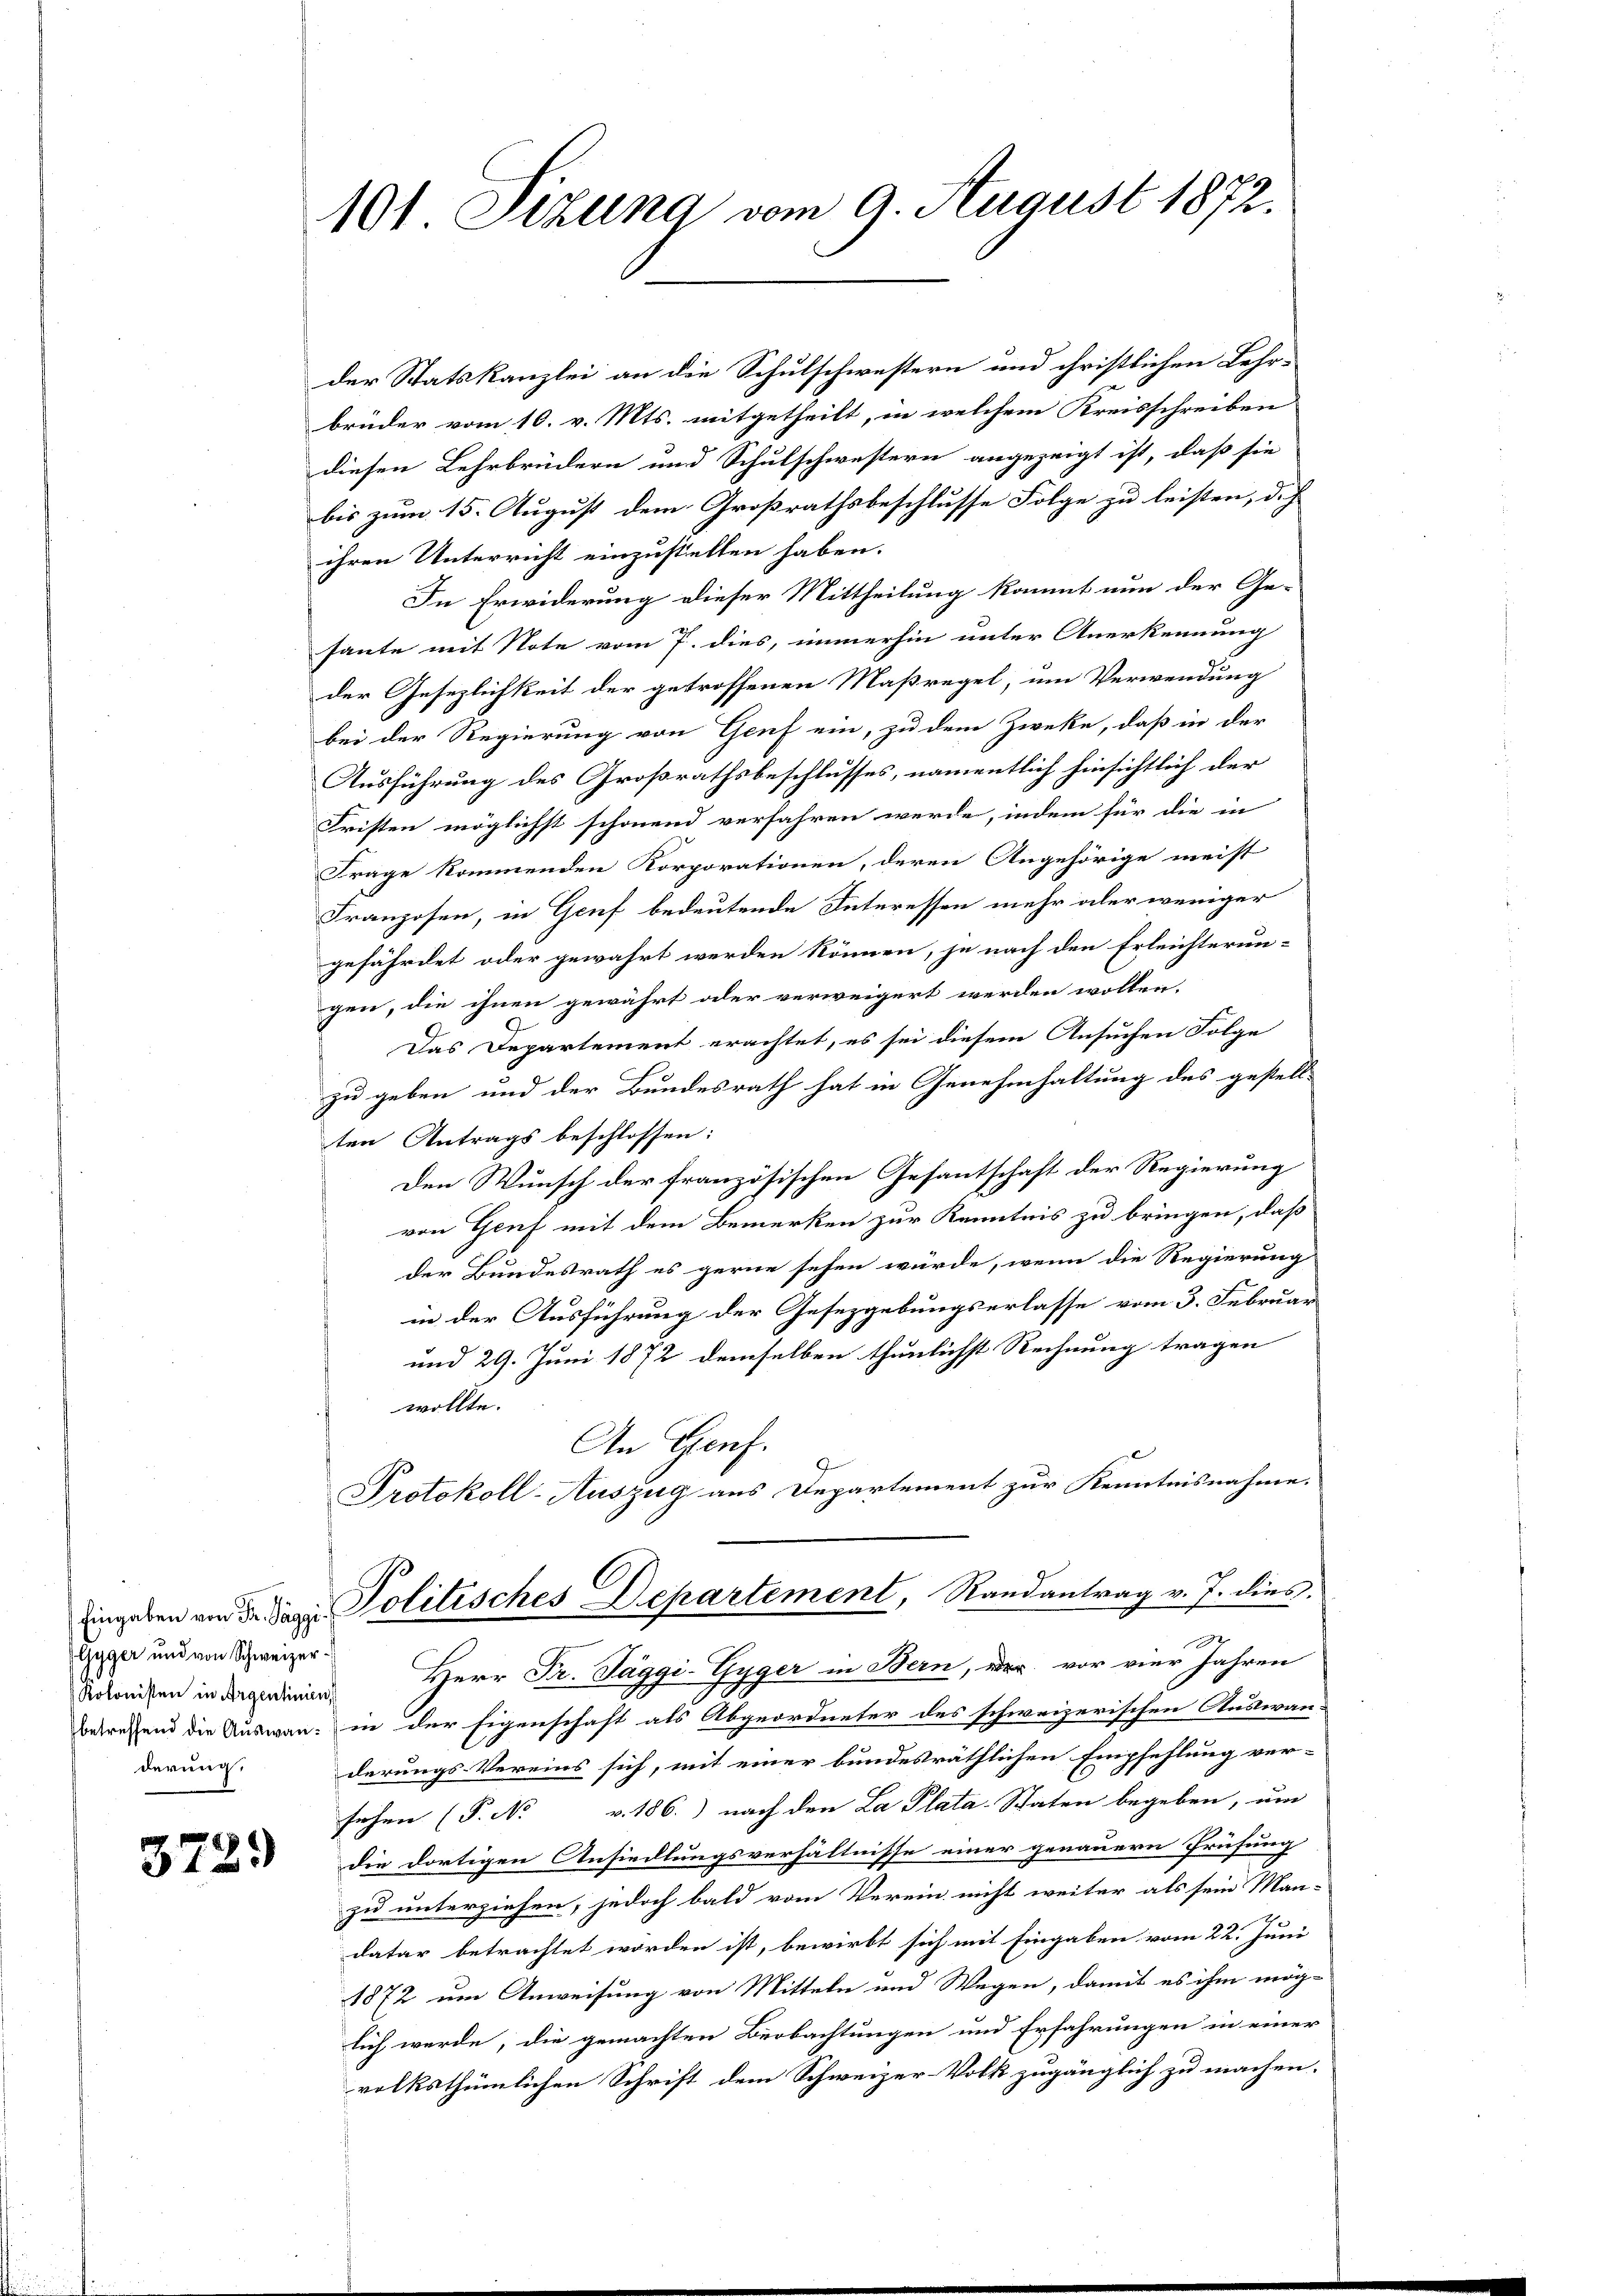
Gyger und von Schweizer¬
Kolonisten in Argentinien,
derung,

101 Sehling vom 9. August 1872.

der Statskanzlei an die Schulschwestern und christlichen Lehr-
brüder vom 10. v. Mts. mitgetheilt, in welchem Kreisschreiben
diesen Lehrbrüdern und Schulschwestern angezeigt ist, daß sie
bis zum 15. August dem Großrathsbeschlusse Folge zu leisten, dich
ihren Unterricht einzustellen haben.
In Erwiderung dieser Mittheilung kommt nun der Ge-
haute mit Note vom 7. dies, immerhin unter Anerkennung
der Gesezlichkeit der getroffenen Maßregel, um Verwendung
bei der Regierung von Genf ein, zu dem Zweke, daß in der
Ausführung des Großrathsbeschlusses, namentlich hinsichtlich der
Fristen möglichst schonend verfahren werde, indem für die in
Frage kommenden Korporationen, deren Angehörige meist
Franzosen, in Genf bedeutende Interessen mehr aber weniger
gefährdet oder gewahrt werden können, je nach den Erleichterungen, die ihnen gewährt oder verweigert werden wollen.
Das Departement erachtet, es sei diesem Ansuchen Folge
zu geben und der Bundesrath hat in Genehmhaltung des gestell-
ten Antrags beschlossen:
Den Wunsch der französischen Gesantschaft der Regierung
von Genf mit dem Bemerken zur Kenntnis zu bringen, daß
der Bundesrath es gerne sehen würde, wenn die Regierung
in der Ausführung der Gesetzgebungserlasse vom 3. Februar
und 29. Juni 1872 demselben thunlichst Rechnung tragen
wollte.
An Genf.
Protokoll-Auszug aus Departement zur Kenntnisnahme.
Engeben von de der Politisches Departement, Randantrag v. J. dies
 |
Herr Fr. Taggi-Gyger in Bern, der vor vier Jahren
betreffend die Auswan in der Eigenschaft als Abgeordneter des schweizerischen Auswan-
derungs-Vereins sich, mit einer bundesräthlichen Empfehlung ver-
sehen (P. Nr. v. 186.) nach den La Plata-Staten begeben, um
3 die dortigen Ansiedlungsverhältnisse einer genauern Prüfung
zu unterziehen, jedoch bald vom Verein nicht weiter als sein Man-
datar betrachtet worden ist, bewirbt sich mit Eingaben vom 22. Juni
1872 um Anweisung von Mitteln und Wegen, damit es ihm mög-
lich werde, die gemachten Beobachtungen und Erfahrungen in einer
volksthümlichen Schrift dem Schweizer-Volk zugänglich zu machen.